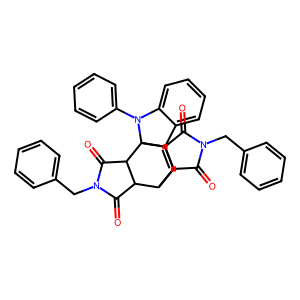
SMILES: O=C1C2C3C=C4c5ccccc5N(c5ccccc5)C4(C2C(=O)N1Cc1ccccc1)C1C(=O)N(Cc2ccccc2)C(=O)C31
Inhibits HIV replication: No